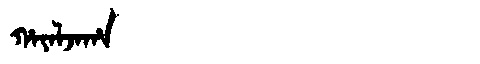
Manchu: ᡥᠠᠶᠠᠯᠵᠠᡥᠠ
Romanization: HAYALJAHA